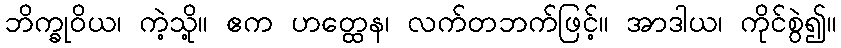
ဘိက္ခုဝိယ၊ ကဲ့သို့။ ဧက ဟတ္ထေန၊ လက်တဘက်ဖြင့်။ အာဒါယ၊ ကိုင်စွဲ၍။